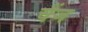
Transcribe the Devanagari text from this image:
चैंज